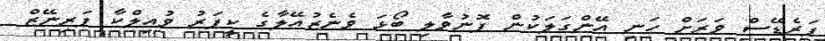
ޕަރެޑޭސް ވަރަށް ހަނި އޭންގަލަކުން ފޮނުވާލި ބޯޅަ ވެނެޒުއޭލާގެ ކީޕަރު ވުއިލްކާ ފަރިނޭޒް